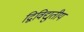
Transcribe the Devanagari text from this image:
द्विविद्युतीय